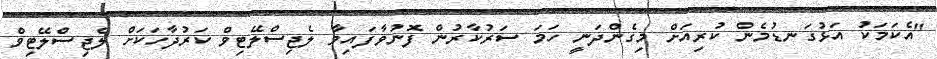
"އެކަމަކު އަޅުގަނޑުމެން ކުރިއަށް މިގެންދަނީ ހަމަ ސަރުކާރުން ފޮނުވާފައިވާ ލެޖިސްލޭޓިވް ކަރުދާހަކަށް ލެޖިސްލޭޓިވް